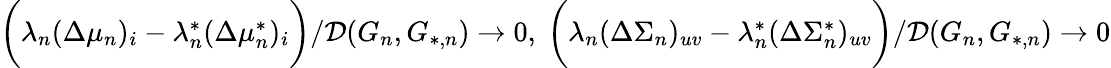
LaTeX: \begin{array}{r}{\biggr(\lambda_{n}(\Delta\mu_{n})_{i}-\lambda_{n}^{*}(\Delta\mu_{n}^{*})_{i}\biggr)/\mathcal{D}(G_{n},G_{*,n})\to 0,\ \biggr(\lambda_{n}(\Delta\Sigma_{n})_{uv}-\lambda_{n}^{*}(\Delta\Sigma_{n}^{*})_{uv}\biggr)/\mathcal{D}(G_{n},G_{*,n})\to 0}\end{array}